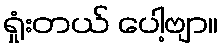
ရှုံးတယ် ပေါ့ဗျာ။